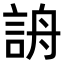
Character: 𧧔